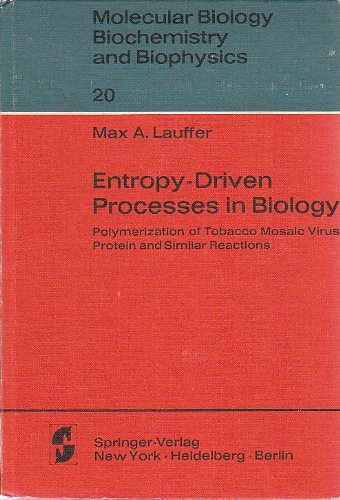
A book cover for Entropy-Driven Processes in Biology: Polymerization of Tobacco Mosaic Virus Protein and Similar Reactions (Molecular Biology, Biochemistry and Bioph); Max A. Lauffer; Science & Math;